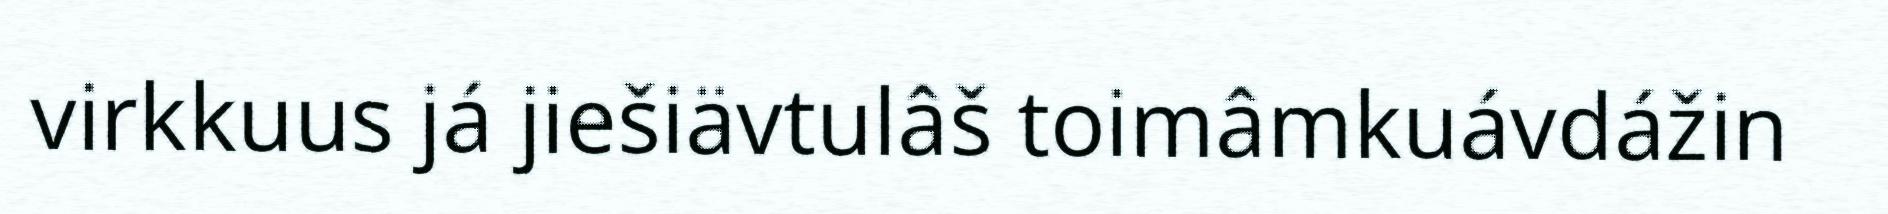
virkkuus já jiešiävtulâš toimâmkuávdážin